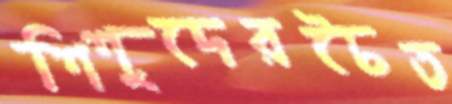
শিশুদেরচৈত